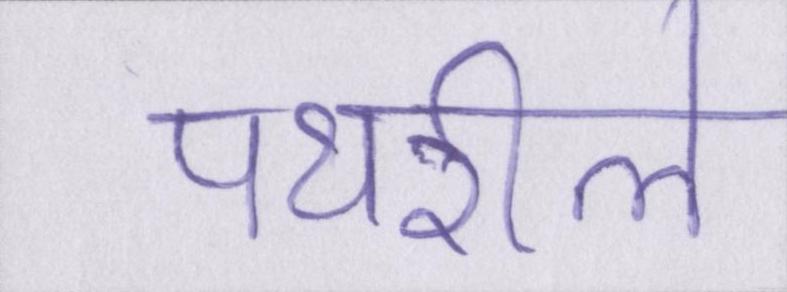
पथरीले